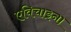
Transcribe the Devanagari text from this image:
एविचाइना